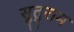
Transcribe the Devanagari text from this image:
सुतुराम